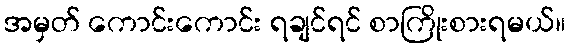
အမှတ် ကောင်းကောင်း ရချင်ရင် စာကြိုးစားရမယ်။